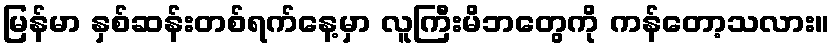
မြန်မာ နှစ်ဆန်းတစ်ရက်နေ့မှာ လူကြီးမိဘတွေကို ကန်တော့သလား။